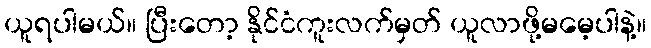
ယူရပါမယ်။ ပြီးတော့ နိုင်ငံကူးလက်မှတ် ယူလာဖို့မမေ့ပါနဲ့။